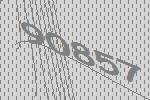
90857